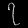
Digit: ၇